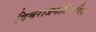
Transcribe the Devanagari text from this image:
विश्वराजनीतिकविद